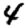
Digit: 4